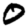
Digit: 0